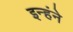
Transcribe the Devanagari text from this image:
इन्हंने